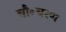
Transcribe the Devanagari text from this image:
चौ॰चरण